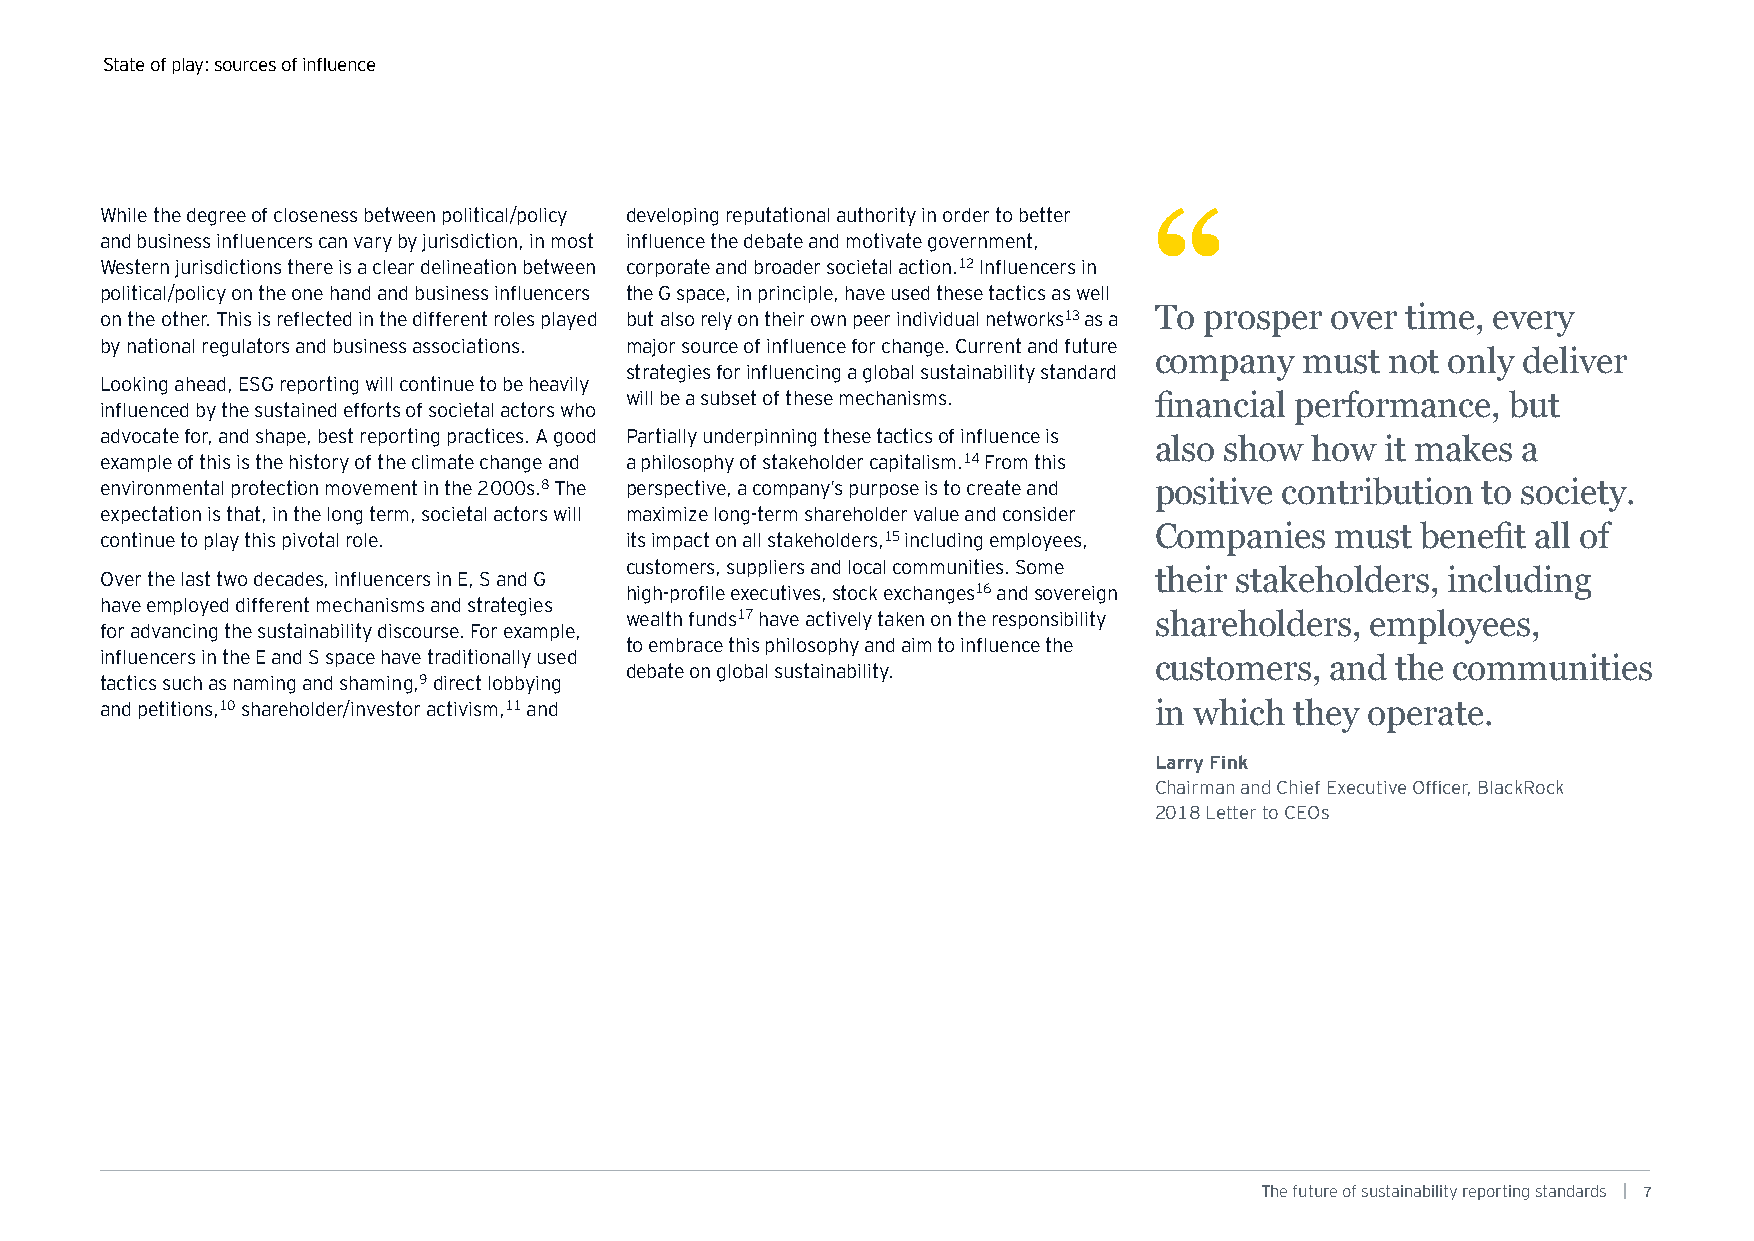
State of play: sources of influence
 While the degree of closeness between political/policy developing reputational authority in order to better
 “
 and business influencers can vary by jurisdiction, in most influence the debate and motivate government,
 Western jurisdictions there is a clear delineation between corporate and broader societal action.12 Influencers in
 political/policy on the one hand and business influencers the G space, in principle, have used these tactics as well
 on the other. This is reflected in the different roles played but also rely on their own peer individual networks13 as a To prosper over time, every
 by national regulators and business associations. major source of influence for change. Current and future
 company   must  not only deliver
 strategies for influencing a global sustainability standard
 Looking ahead, ESG reporting will continue to be heavily
 will be a subset of these mechanisms. financial performance, but
 influenced by the sustained efforts of societal actors who
 advocate for, and shape, best reporting practices. A good Partially underpinning these tactics of influence is
 also show  how  it makes a
 example of this is the history of the climate change and a philosophy of stakeholder capitalism.14 From this
 environmental protection movement in the 2000s.8 The perspective, a company’s purpose is to create and positive contribution to society.
 expectation is that, in the long term, societal actors will maximize long-term shareholder value and consider
 Companies   must  benefit all of
 continue to play this pivotal role. its impact on all stakeholders,15 including employees,
 customers, suppliers and local communities. Some
 Over the last two decades, influencers in E, S and G                 their stakeholders, including
 high-profile executives, stock exchanges16 and sovereign
 have employed different mechanisms and strategies
 wealth funds17 have actively taken on the responsibility shareholders, employees,
 for advancing the sustainability discourse. For example,
 to embrace this philosophy and aim to influence the
 influencers in the E and S space have traditionally used             customers,  and the communities
 debate on global sustainability.
 tactics such as naming and shaming,9 direct lobbying
 and petitions,10 shareholder/investor activism,11 and                in which  they operate.
 Larry Fink
 Chairman and Chief Executive Officer, BlackRock
 2018 Letter to CEOs
 The future of sustainability reporting standards | 7